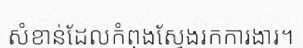
សំខាន់ដែលកំពុងស្វែងរកការងារ។